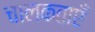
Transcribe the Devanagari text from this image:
चालकताएँ